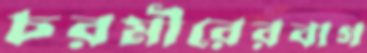
চরমীরেরবাগ